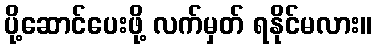
ပို့ဆောင်ပေးဖို့ လက်မှတ် ရနိုင်မလား။